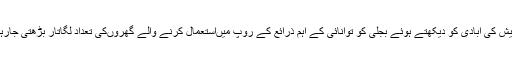
اترپردیش کی آبادی کو دیکھتے ہوئے بجلی کو توانائی کے اہم ذرائع کے روپ میںاستعمال کرنے والے گھروںکی تعداد لگاتار بڑھتی جارہی ہے۔